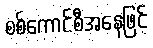
စစ်ကောင်စီအနေဖြင့်